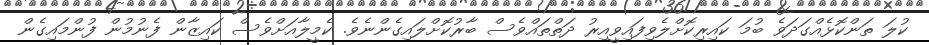
ކުލަ ތަންކޮޅެއްގަދަވެ ބުމަ ކައިރިކޮށްލެވިފައިވީއިރު ދަތްތައްވެސް ބާރުކޮށްލައިގެންނެވެ. ކެމީލާއަށްވެސް ކައިޒާން ފެނުމުން ފުންމައިގެން